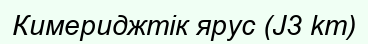
Кимериджтік ярус (J3 km)